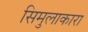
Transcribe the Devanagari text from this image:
सिमुलाकारा